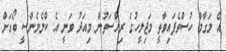
އެ މަގާމް ހުސްވެފައިވާތީ މަޖިލީހުގެ ރިޔާސަތުން މިއަދު ވަނީ އެ ކްލެމެންސީ ބޯޑަށް